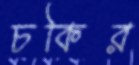
চকির